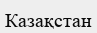
Казақстан